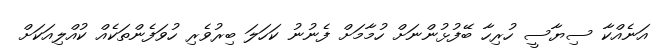
އަނެއްކާ ސިޔާސީ ހުރިހާ ބޭފުޅުންނަށް ހުމާމަށް ފެނުނު ކަހަލަ ބިރުވެރި ހުވަފެންތަކެއް ކުއްލިއަކަށް